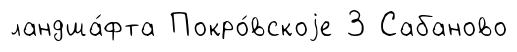
ландша́фта Покро́вскоjе 3 Сабаново